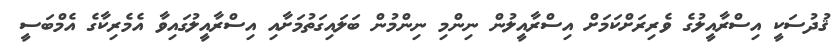
ޤުދުސަކީ އިސްރާއީލުގެ ވެރިރަށްކަމަށް އިސްރާއީލުން ނިންމި ނިންމުން ބަލައިގަތުމަށާއި އިސްރާއީލުގައިވާ އެމެރިކާގެ އެމްބަސީ